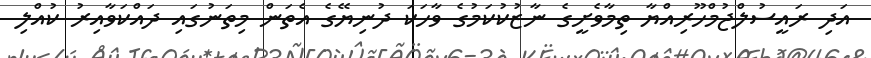
އަދި ރައީސުލްޖުމްހޫރިއްޔާ ތިމާވެށީގެ ނާޒުކުކަމުގެ ވާހަކަ ދުނިޔޭގެ އެތަން މިތަނުގައި ދައްކަވާއިރު ކުއްލި